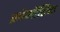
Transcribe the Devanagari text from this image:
क्रोमौटिक